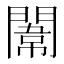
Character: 𨵾